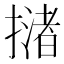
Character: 𢵻